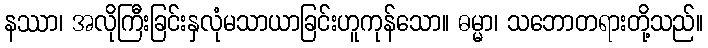
နဿာ၊ အလိုကြီးခြင်းနှလုံမသာယာခြင်းဟူကုန်သော။ ဓမ္မာ၊ သဘောတရားတို့သည်။